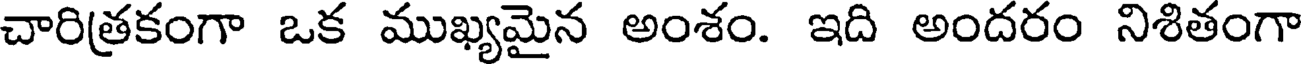
చారిత్రకంగా ఒక ముఖ్యమైన అంశం. ఇది అందరం నిశితంగా